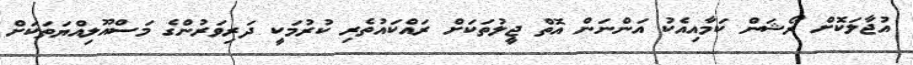
އުޖާލަކޮށް ރޯޝަން ކަމާއިއެކު އަންނަން އޮތް ޖީލުތަކަށް ރައްކައުތެރި ކުރުމަކީ ދަރިވަރުންގެ މަސްއޫލިއްޔަތަކަށް